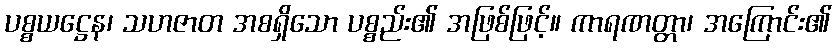
ပစ္စယဋ္ဌေန၊ သဟဇာတ အစရှိသော ပစ္စည်း၏ အဖြစ်ဖြင့်။ ကာရဏတ္တာ၊ အကြောင်း၏